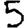
Digit: 5